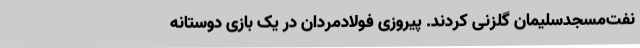
نفت‌مسجدسلیمان گلزنی کردند. پیروزی فولادمردان در یک بازی دوستانه